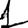
Digit: 1